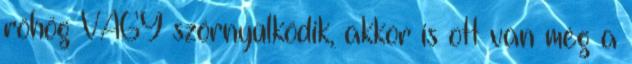
röhög VAGY szörnyülködik, akkor is ott van még a